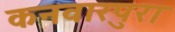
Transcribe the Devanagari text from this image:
कनवारपुरा